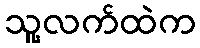
သူ့လက်ထဲက